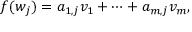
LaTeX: f ( w _ { j } ) = a _ { 1 , j } v _ { 1 } + \cdots + a _ { m , j } v _ { m } ,